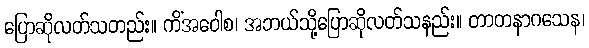
ပြောဆိုလတ်သတည်း။ ကိံအဝေါစ၊ အဘယ်သို့ပြောဆိုလတ်သနည်း။ တာတနာဂသေန၊